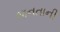
જનતાની